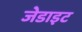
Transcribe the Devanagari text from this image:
जेडाइट